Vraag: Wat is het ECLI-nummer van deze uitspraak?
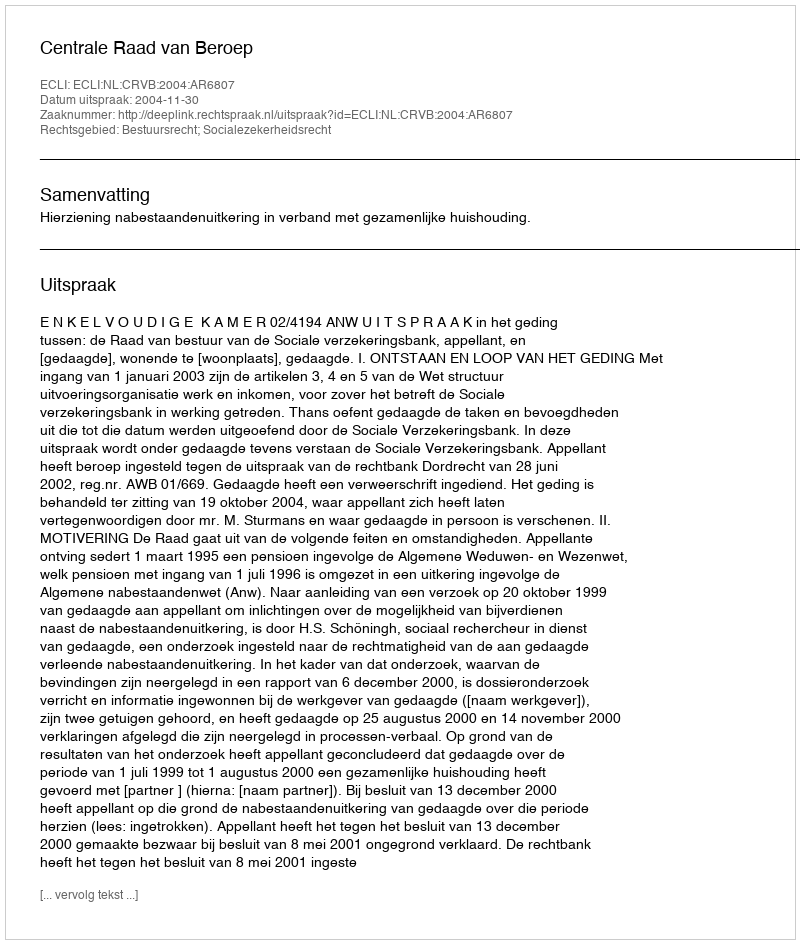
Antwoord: ECLI:NL:CRVB:2004:AR6807